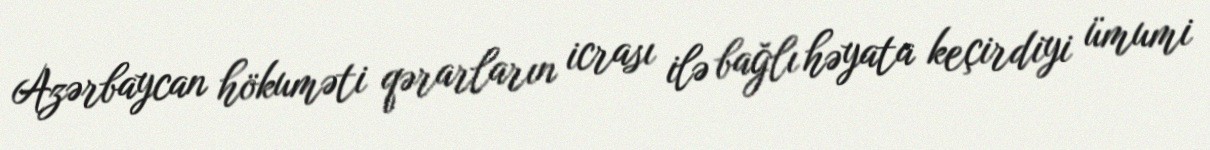
Azərbaycan hökuməti qərarların icrası ilə bağlı həyata keçirdiyi ümumi